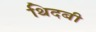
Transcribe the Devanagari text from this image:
थिदबी